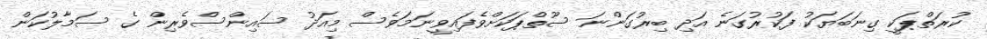
ކުރަތްޕަކީ ގިނަބަޔަކު ފަކުރުގަނެ އަދި ބިރުގަންނަ ސޫތްޕަކަށްވެފައިވީނަމަވެސް މިއަދު ސައިންސްވެރިން ގެ ސަމާލުކަން